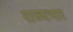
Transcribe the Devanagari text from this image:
राज्‍यभार